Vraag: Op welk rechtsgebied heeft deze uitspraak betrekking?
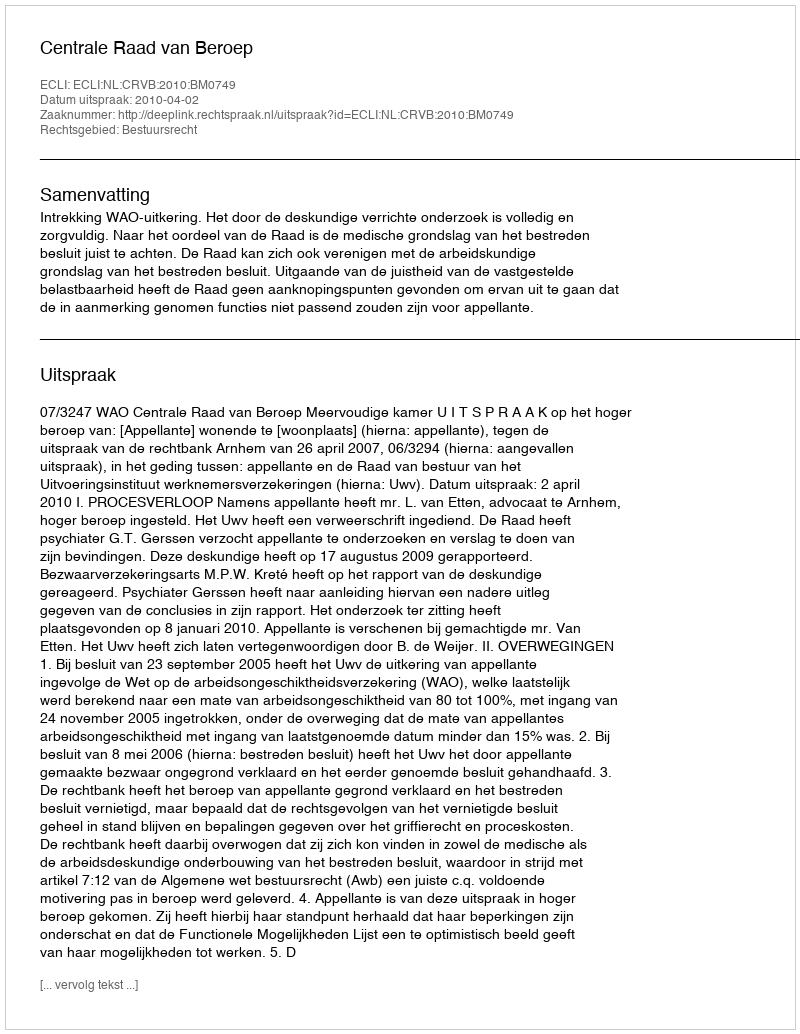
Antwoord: Bestuursrecht